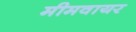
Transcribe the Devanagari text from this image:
मीमवायर